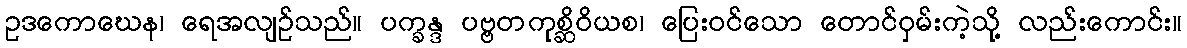
ဥဒကောဃေန၊ ရေအလျဉ်သည်။ ပက္ခန္ဒ ပဗ္ဗတကုစ္ဆိဝိယစ၊ ပြေးဝင်သော တောင်ဝှမ်းကဲ့သို့ လည်းကောင်း။